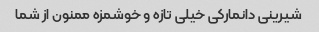
شیرینی دانمارکی خیلی تازه و خوشمزه ممنون از شما